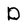
Character: D